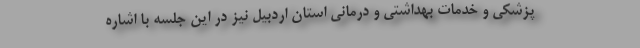
پزشکی و خدمات بهداشتی و درمانی استان اردبیل نیز در این جلسه با اشاره